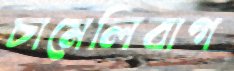
চামেলিবাগ